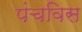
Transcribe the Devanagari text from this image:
पंचविस